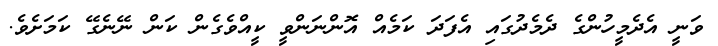
ވަނީ އެދެމީހުންގެ ދެމެދުގައި އެފަދަ ކަމެއް އޮންނަންވީ ކީއްވެގެން ކަން ނޭނެގޭ ކަމަށެވެ.